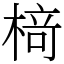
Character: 𬃪